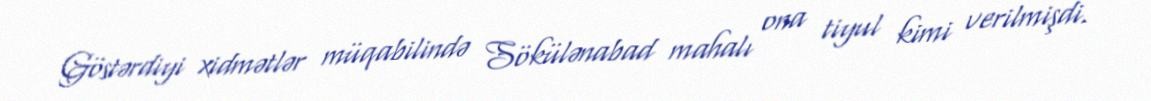
Göstərdiyi xidmətlər müqabilində Sökülənabad mahalı ona tiyul kimi verilmişdi.